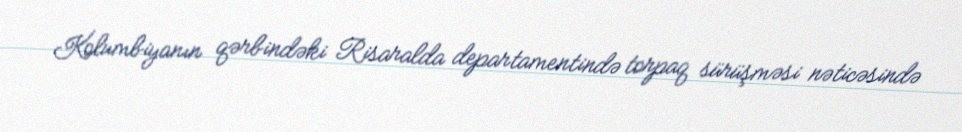
Kolumbiyanın qərbindəki Risaralda departamentində torpaq sürüşməsi nəticəsində